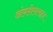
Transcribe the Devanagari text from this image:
अंवशेषमात्र